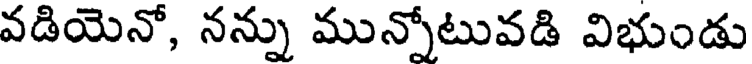
వడియెనో, నన్ను మున్నోటువడి విభుండు